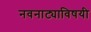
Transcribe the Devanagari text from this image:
नवनाट्याविषयी